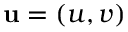
\mathbf { u } = ( u , v )